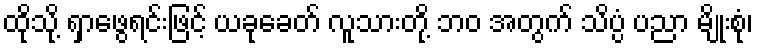
ထိုသို့ ရှာဖွေရင်းဖြင့် ယခုခေတ် လူသားတို့ ဘဝ အတွက် သိပ္ပံ ပညာ မျိုးစုံ၊